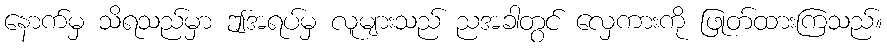
နောက်မှ သိရသည်မှာ ဤအရပ်မှ လူများသည် ညအခါတွင် လှေကားကို ဖြုတ်ထားကြသည်။